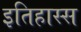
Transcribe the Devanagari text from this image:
इतिहास्स